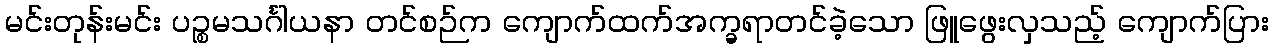
မင်းတုန်းမင်း ပဉ္စမသင်္ဂါယနာ တင်စဉ်က ကျောက်ထက်အက္ခရာတင်ခဲ့သော ဖြူဖွေးလှသည့် ကျောက်ပြား